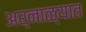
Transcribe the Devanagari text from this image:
अर्नाळ्यात